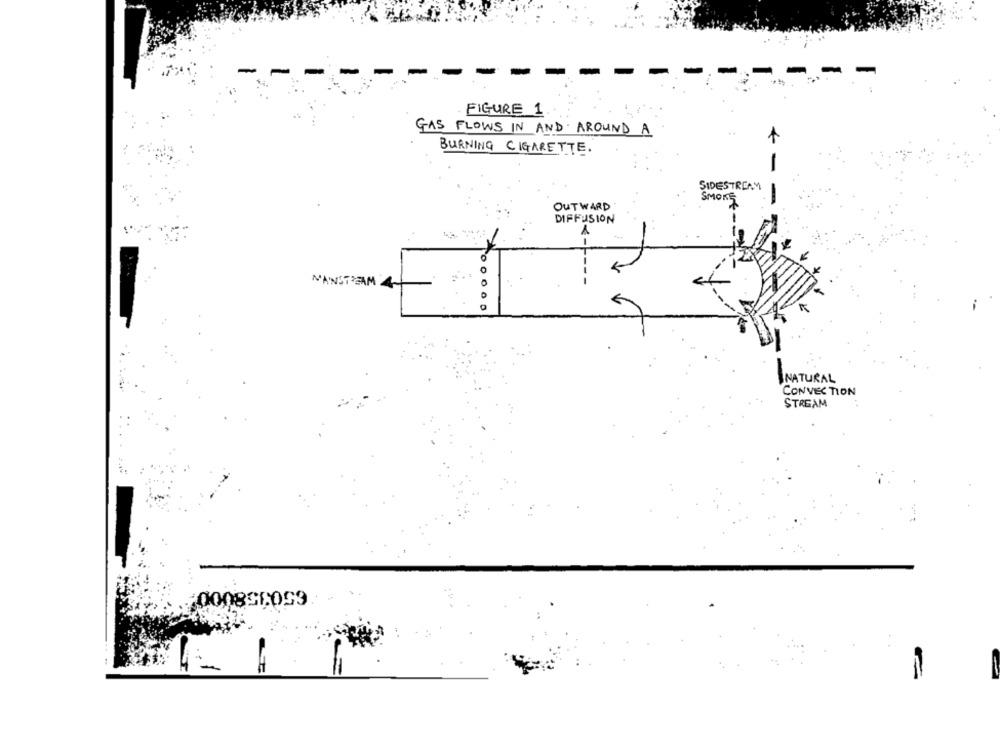
FIGURE 1
GAS FLOWS IN AND AROUND A
BURNING CIGARETTE.
SIDESTREAM
SMOKE
OUTWARD
DIFFUSION
A
NANSTEAM 4
NATURAL
CONVECTION
STREAM
+000836059